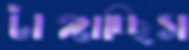
টাঙ্গাচ্ছিস